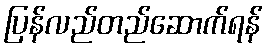
ပြန်လည်တည်ဆောက်ရန်